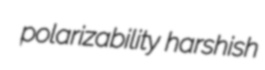
polarizability harshish